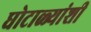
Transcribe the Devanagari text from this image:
घोटाळ्यांशी